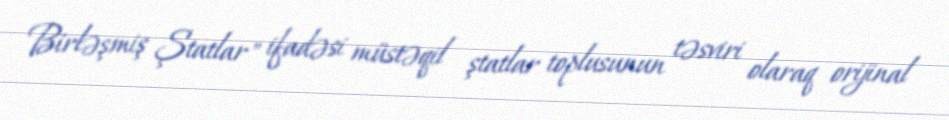
Birləşmiş Ştatlar" ifadəsi müstəqil ştatlar toplusunun təsviri olaraq orijinal